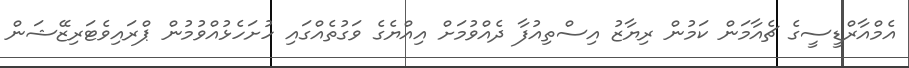
އެމްއާރްޑީސީގެ ޗެއާމަން ކަމުން ރިޔާޒު އިސްތިއުފާ ދެއްވުމަށް އިއްޔެގެ ވަގުތެއްގައި ހުށަހެޅުއްވުމުން ޕްރައިވެޓަރިޒޭޝަން